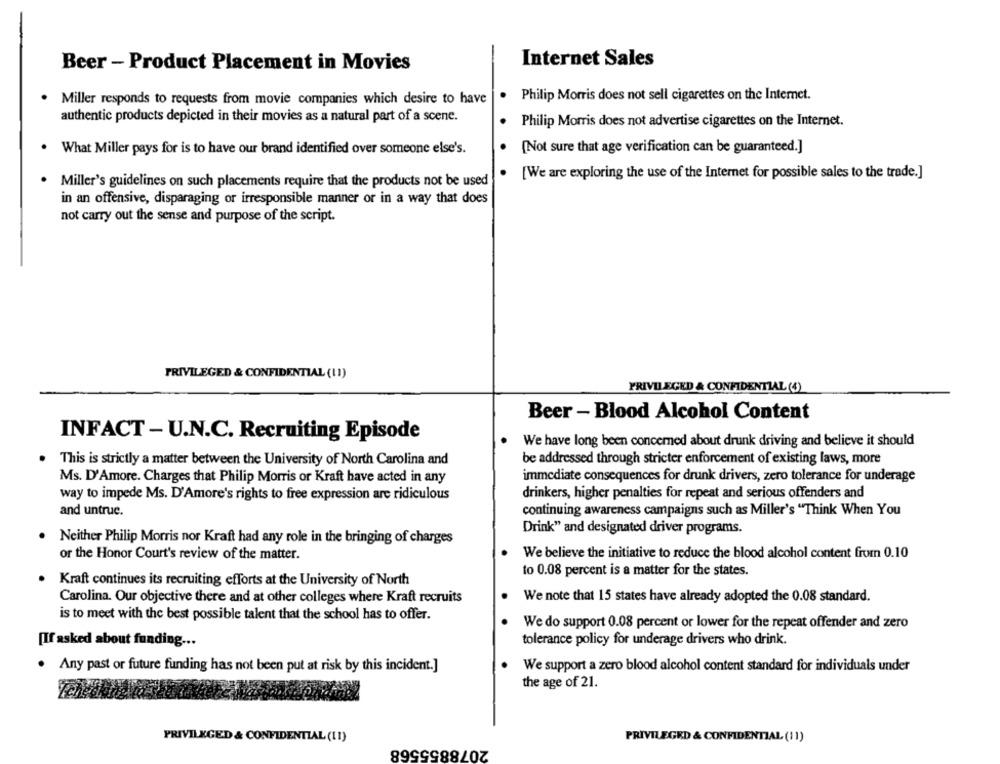
Internet Sales
Beer - Product Placement in Movies
Philip Morris does not sell cigarettes on the Internet.
Miller responds to requests from movie companies which desire to have
authentic products depicted in their movies as a natural part of a scene.
Philip Morris does not advertise cigarettes on the Internet.
What Miller pays for is to have our brand identified over someone else's.
(Not sure that age verification can be guaranteed.]
[We are exploring the use of the Internet for possible sales to the trade.]
. Miller's guidelines on such placements require that the products not be used
in an offensive, disparaging or irresponsible manner or in a way that does
not carry out the sense and purpose of the script.
PRIVILEGED & CONFIDENTIAL (11)
PRIVILEGED & CONFIDENTIAL (4)
Beer - Blood Alcohol Content
INFACT - U.N.C. Recruiting Episode
We have long been concerned about drunk driving and believe it should
This is strictly a matter between the University of North Carolina and
be addressed through stricter enforcement of existing laws, more
Ms. D'Amore. Charges that Philip Morris or Kraft have acted in any
immediate consequences for drunk drivers, zero tolerance for underage
way to impede Ms. D'Amore's rights to free expression are ridiculous
drinkers, higher penalties for repeat and serious offenders and
and untrue.
continuing awareness campaigns such as Miller's "Think When You
Drink" and designated driver programs.
Neither Philip Morris nor Kraft had any role in the bringing of charges
or the Honor Court's review of the matter.
We believe the initiative to reduce the blood alcohol content from 0.10
to 0.08 percent is a matter for the states.
Kraft continues its recruiting efforts at the University of North
Carolina. Our objective there and at other colleges where Kraft recruits
We note that 15 states have already adopted the 0.08 standard.
is to meet with the best possible talent that the school has to offer.
We do support 0.08 percent or lower for the repeat offender and zero
[If asked about funding ...
tolerance policy for underage drivers who drink.
. Any past or future funding has not been put at risk by this incident.]
We support a zero blood alcohol content standard for individuals under
the age of 21.
PRIVILEGED & CONFIDENTIAL (11)
2078855568
PRIVILEGED & CONFIDENTIAL (11)